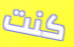
كنت